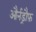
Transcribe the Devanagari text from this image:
और्नड्रौफ़